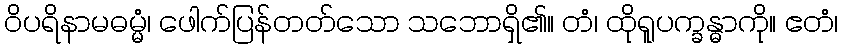
ဝိပရိနာမဓမ္မံ၊ ဖေါက်ပြန်တတ်သော သဘောရှိ၏။ တံ၊ ထိုရူပက္ခန္ဓာကို။ ဧတံ၊